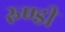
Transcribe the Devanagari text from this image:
रुण्डी